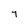
Character: 7